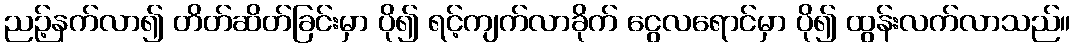
ညဉ့်နက်လာ၍ တိတ်ဆိတ်ခြင်းမှာ ပို၍ ရင့်ကျက်လာခိုက် ငွေလရောင်မှာ ပို၍ ထွန်းလက်လာသည်။